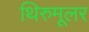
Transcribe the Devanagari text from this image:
थिरुमूलर